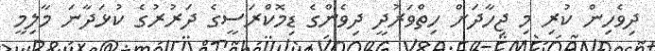
ދިވެހިން ކުރި މި ޖިހާދަށް ހިތްވަރުދީ ދިވެންގެ ޑިމޮކްރަސީގެ ދަރުރުގެ ކުޅަދާނަ މާލިމީ